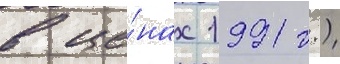
в це́нах 1991 г.)